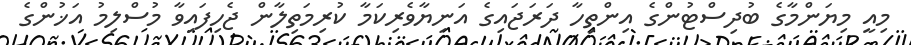
މިއީ މިޔަންމާގެ ބުދިސްޓުންގެ އިންތިހާ ދަރަޖައިގެ އަނިޔާވެރިކަމާ ކުރިމަތިލާން ޖެހިފައިވާ މުސްލިމު އަޚުންގެ